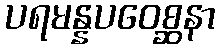
ပရမန္နပဝေစ္ဆနာ